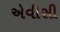
એવીસી